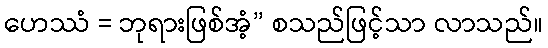
ဟေဿံ = ဘုရားဖြစ်အံ့” စသည်ဖြင့်သာ လာသည်။